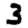
Digit: 3